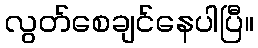
လွတ်စေချင်နေပါပြီ။